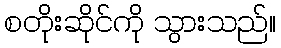
စတိုးဆိုင်ကို သွားသည်။